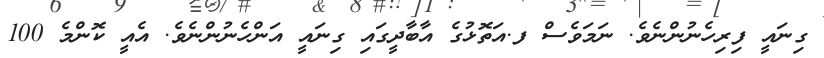
ގިނައީ ފިރިހެނުންނެވެ. ނަމަވެސް ފ.އަތޮޅުގެ އާބާދީގައި ގިނައީ އަންހެނުންނެވެ. އެއީ ކޮންމެ 100